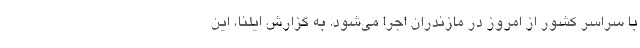
با سراسر کشور از امروز در مازندران اجرا می‌شود. به گزارش ایلنا، این